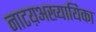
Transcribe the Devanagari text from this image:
नाटय़अख्यायिका